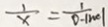
\frac { 1 } { x } = \frac { 1 } { 0 - \vert n c \vert }